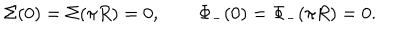
\Sigma ( 0 ) = \Sigma ( \pi R ) = 0 , \qquad \Phi _ { - } ( 0 ) = \Phi _ { - } ( \pi R ) = 0 .